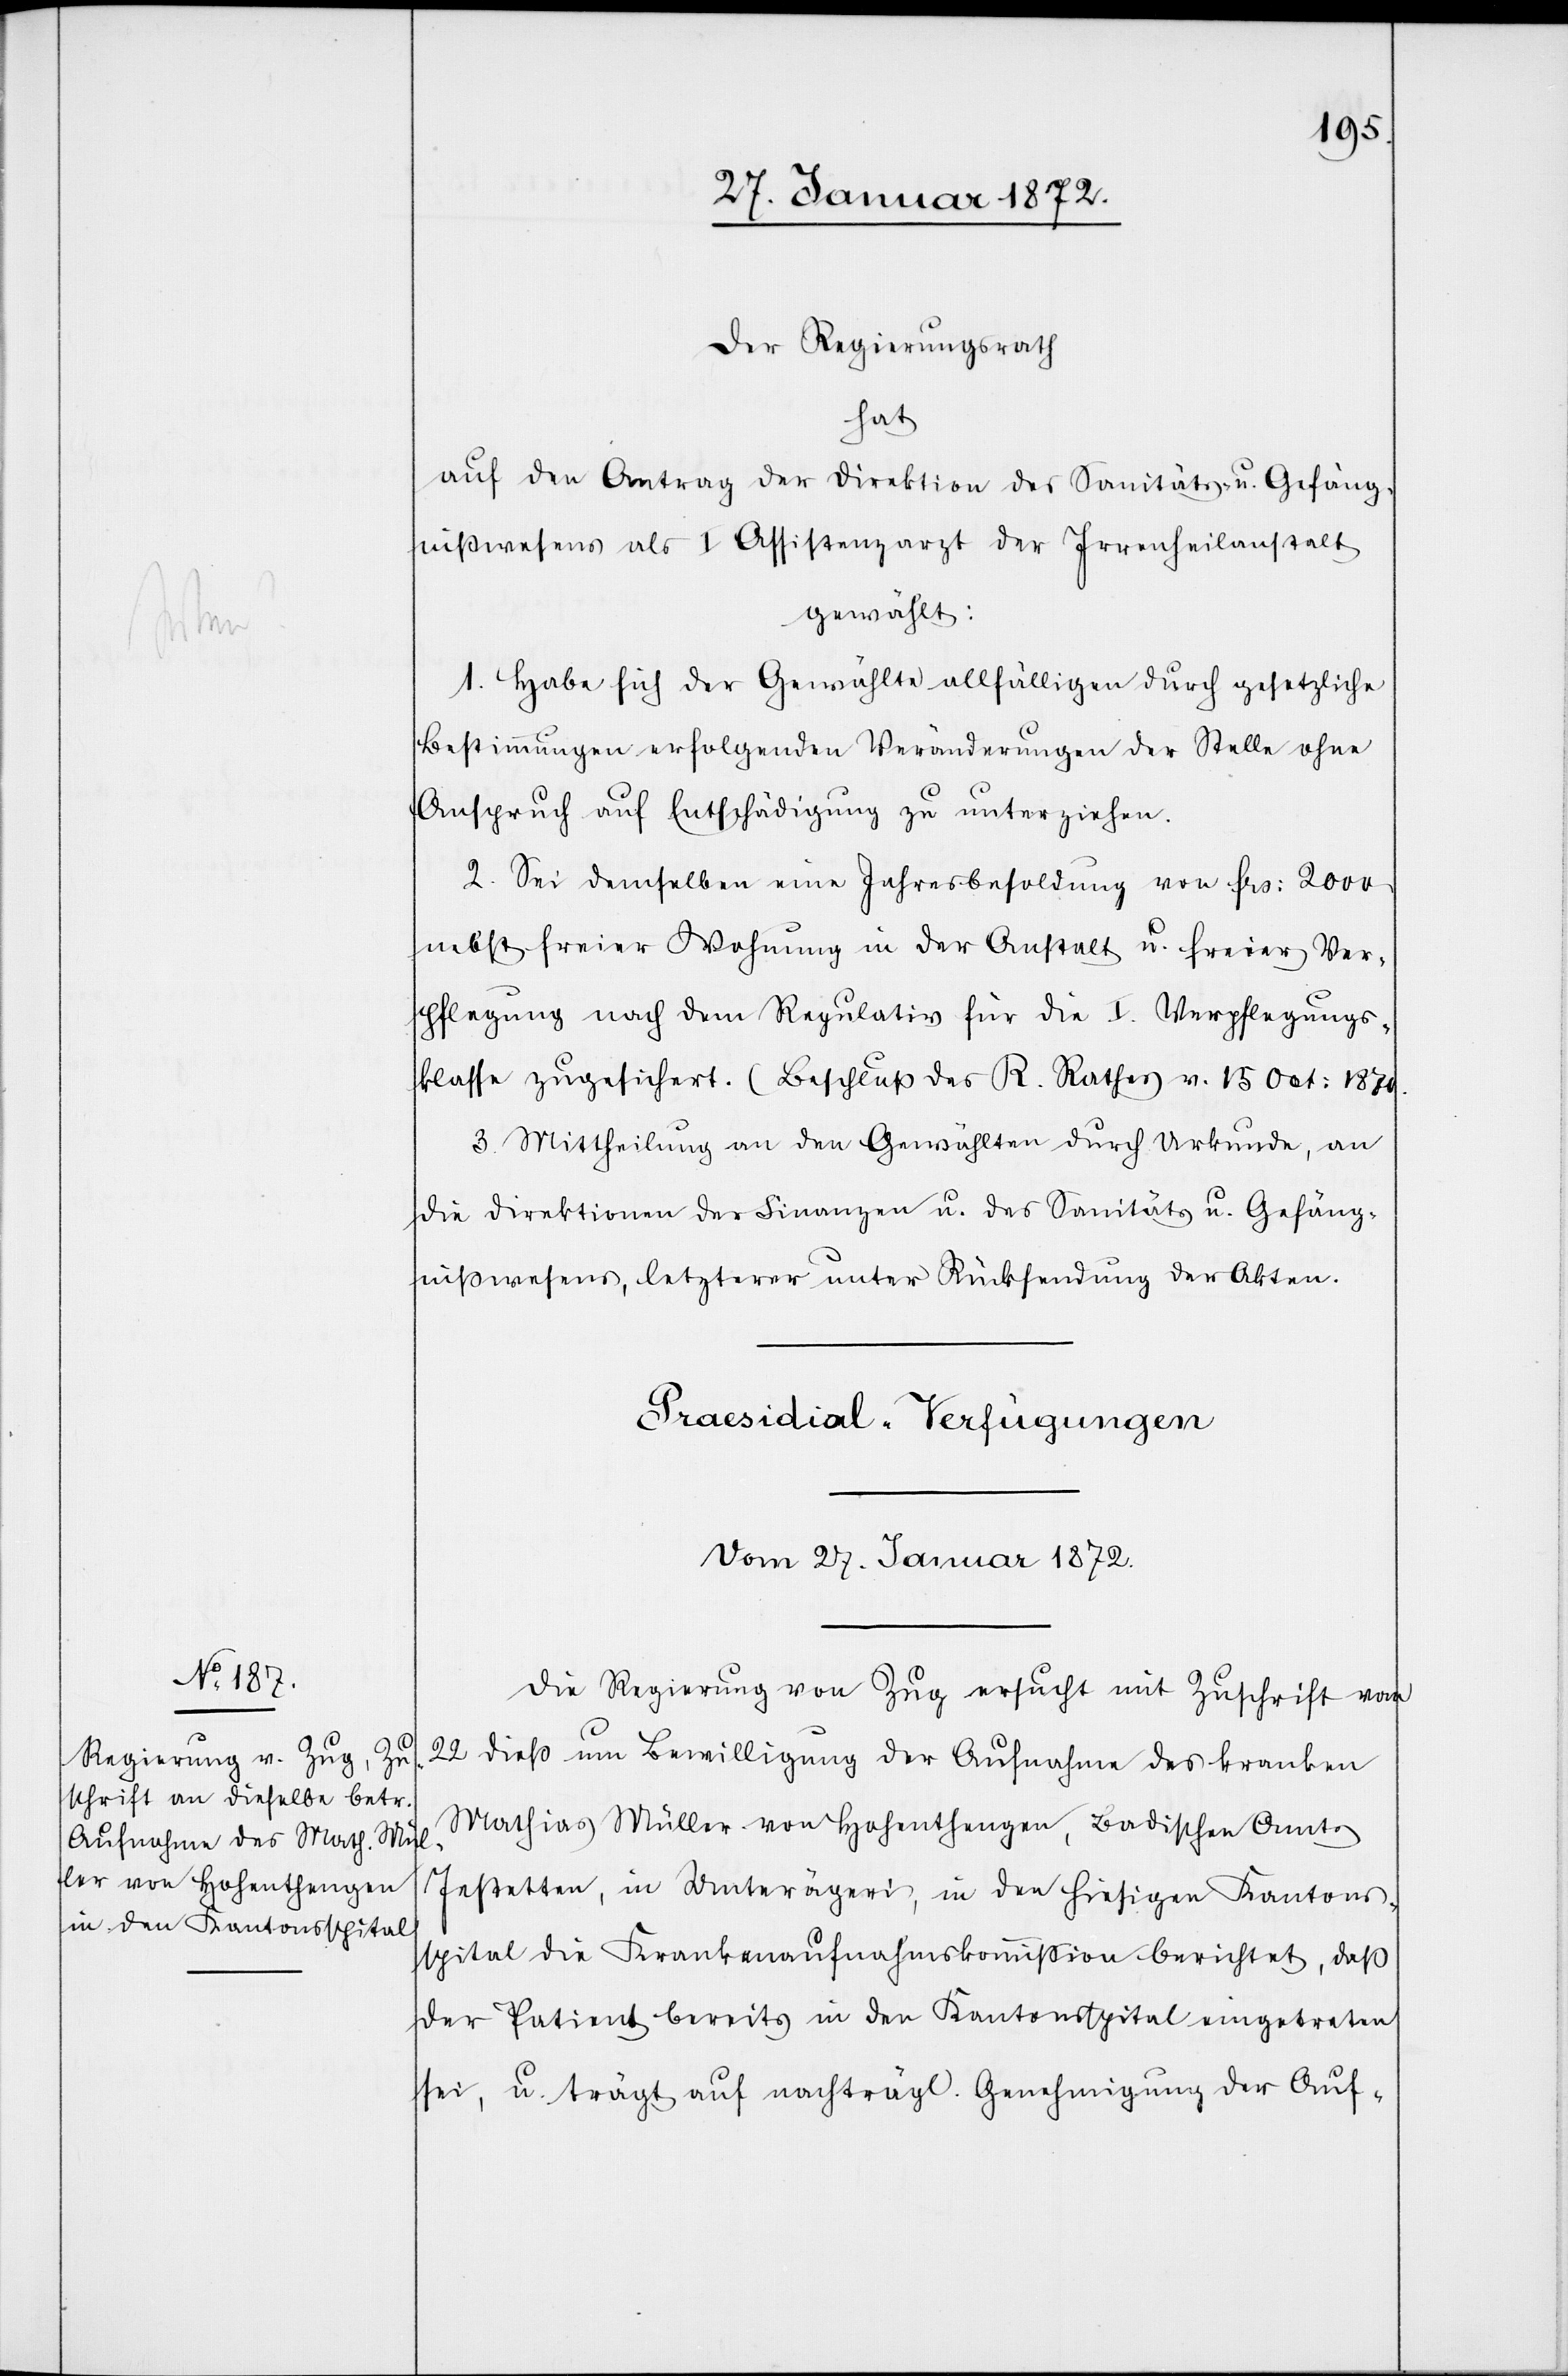
Der Regierungsrath
hat
auf den Antrag der Direktion des Sanitäts- u. Gefäng¬
nißwesens als I Assistenzarzt der Irrenheilanstalt
gewählt:
1. Habe sich der Gewählte allfälligen durch gesetzliche
Bestimmungen erfolgenden Veränderungen der Stelle ohne
Anspruch auf Entschädigung zu unterziehen.
2. Sei demselben eine Jahresbesoldung von frs. 2000
nebst freier Wohnung in der Anstalt u. freier Ver¬
pflegung nach dem Regulatio für die I. Verpflegungs¬
klasse zugesichert. (Beschluß des R. Rathes v. 15 Oct. 1870.
3. Mittheilung an den Gewählten durch Urkunde, an
die Direktion der Finanzen u. das Sanitäts u. Gefäng¬
nißwesens, letzterer unter Rücksendung der Akten.
Präsidial-Verfügungen
Vom 27. Januar 1872.
Die Regierung von Zug ersucht mit Zuschrift vom
22 dieß um Bewilligung der Aufnahme des kranken
Mathias Müller von Hohenthengen, Badischen Amts
Instetten, in Unterägeri, in den hiesigen Kantons¬
spital[.] [D]ie Krankenaufnahmskommission berichtet, daß
der Patient bereits in den Kantonsspital eingetreten
sei, u. trägt auf nachträgl. Genehmigung der Auf-